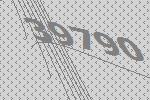
39790